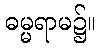
ဓမ္မရာမ၌။